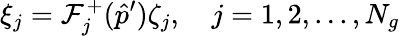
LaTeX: \xi_{j}=\mathcal{F}_{j}^{+}(\hat{p}^{\prime})\zeta_{j},\quad j=1,2,...,N_{g}